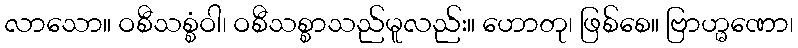
လာသော။ ဝစီသစ္စံဝါ၊ ဝစီသစ္စာသည်မူလည်း။ ဟောတု၊ ဖြစ်စေ။ ဗြာဟ္မဏော၊